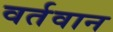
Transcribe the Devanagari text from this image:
वर्तवान